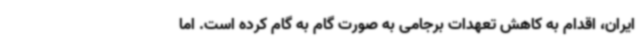
ایران، اقدام به کاهش تعهدات برجامی به صورت گام به گام کرده است. اما